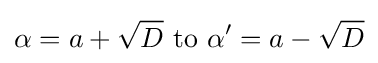
\alpha =a+{\sqrt {D}}{\text{ to }}\alpha '=a-{\sqrt {D}}